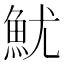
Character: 魷